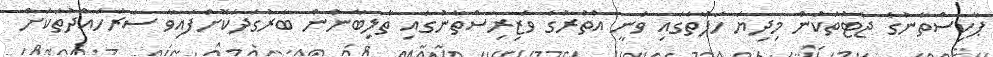
ޕާކިސްތާނުގެ ޖެޓުތަކުން މިދިޔަ ހަފުތާގައި ވަނީ އުތުރުގެ ވަޒިރިސްތާނުގައި ތާލިބާނުން ބާރުގަދަކޮށްފައިވާ ސަރަހައްދުތަކަށް